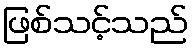
ဖြစ်သင့်သည်